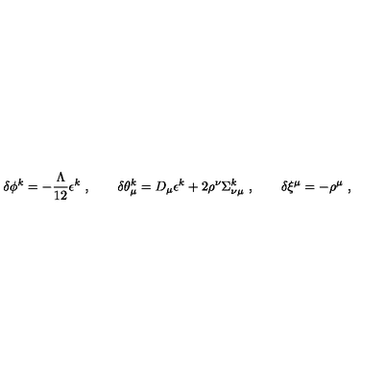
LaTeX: \delta \phi ^ { k } = - \frac { \Lambda } { 1 2 } \epsilon ^ { k } \ , \qquad \delta \theta _ { \mu } ^ { k } = D _ { \mu } \epsilon ^ { k } + 2 \rho ^ { \nu } \Sigma _ { \nu \mu } ^ { k } \ , \qquad \delta \xi ^ { \mu } = - \rho ^ { \mu } \ ,